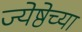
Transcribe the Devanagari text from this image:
ज्येष्ठेच्या